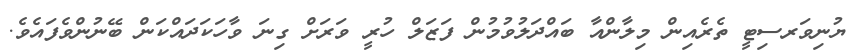
ޔުނިވަރސިޓީ ތެރެއިން މިލާންއާ ބައްދަލުވުމުން ފަޒަލް ހުރީ ވަރަށް ގިނަ ވާހަކަދައްކަން ބޭނުންވެފައެވެ.